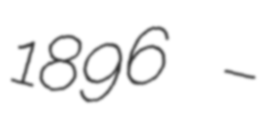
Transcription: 1896 –